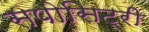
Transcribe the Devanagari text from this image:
सपोसिट्री